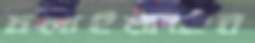
ঢলাইয়াছেন